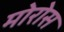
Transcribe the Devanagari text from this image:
मोरोस